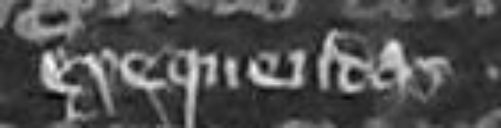
exequerendas